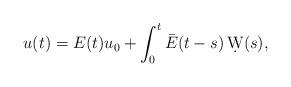
LaTeX: \begin{align*} u(t) = E(t) u_{0} + \int_{0}^{t} \bar E(t-s) \, \d W(s),\end{align*}